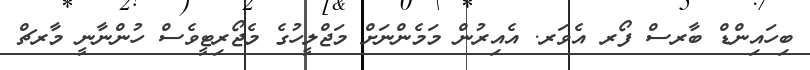
ބިހައިންޑް ބާރސް ފޯރ އެވަރ. އެއިރުން މަމެންނަށް މަޖްލީހުގެ މެޖޯރިޓީވެސް ހުންނާނީ މާރޗް